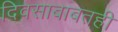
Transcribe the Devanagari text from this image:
दिवसाबाबतही